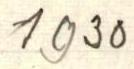
1930